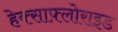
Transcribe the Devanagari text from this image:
हेक्साफ़्लोराइड